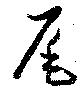
尾